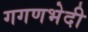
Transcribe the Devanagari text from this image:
गगणभेदी